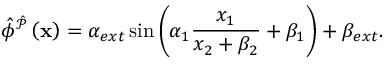
\hat { \phi } ^ { \hat { \mathcal { P } } } \left( \mathbf { x } \right) = \alpha _ { e x t } \sin \left( \alpha _ { 1 } \frac { x _ { 1 } } { x _ { 2 } + \beta _ { 2 } } + \beta _ { 1 } \right) + \beta _ { e x t } .